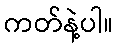
ကတ်နဲ့ပါ။